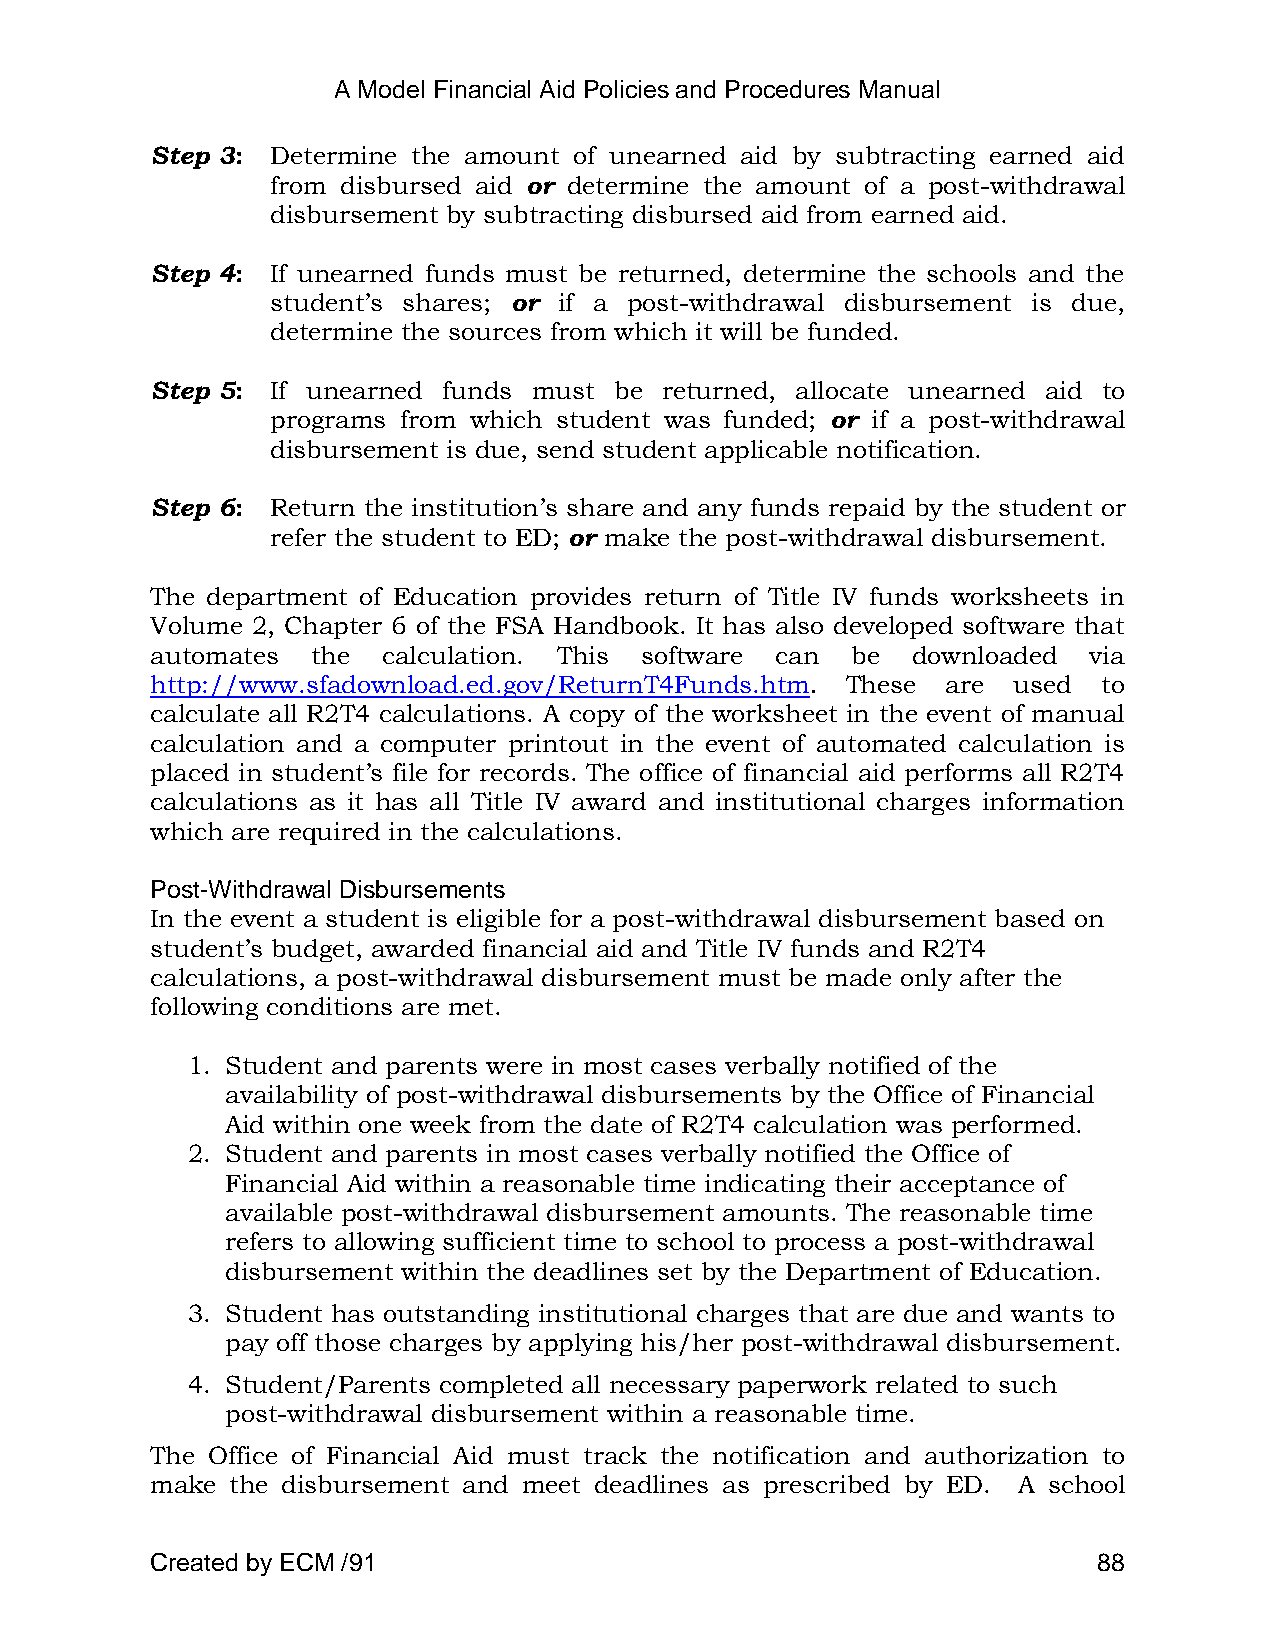
A Model Financial Aid Policies and Procedures Manual
 Step 3: Determine the amount of unearned aid by subtracting earned aid
 from disbursed aid or determine the amount of a post-withdrawal
 disbursement by subtracting disbursed aid from earned aid.
 Step 4: If unearned funds must be returned, determine the schools and the
 student‘s shares; or if a post-withdrawal disbursement is due,
 determine the sources from which it will be funded.
 Step 5: If unearned funds must be returned, allocate unearned aid to
 programs from which student was funded; or if a post-withdrawal
 disbursement is due, send student applicable notification.
 Step 6: Return the institution‘s share and any funds repaid by the student or
 refer the student to ED; or make the post-withdrawal disbursement.
 The department of Education provides return of Title IV funds worksheets in
 Volume 2, Chapter 6 of the FSA Handbook. It has also developed software that
 automates  the calculation. This software can be  downloaded  via
 http://www.sfadownload.ed.gov/ReturnT4Funds.htm. These are used to
 calculate all R2T4 calculations. A copy of the worksheet in the event of manual
 calculation and a computer printout in the event of automated calculation is
 placed in student‘s file for records. The office of financial aid performs all R2T4
 calculations as it has all Title IV award and institutional charges information
 which are required in the calculations.
 Post-Withdrawal Disbursements
 In the event a student is eligible for a post-withdrawal disbursement based on
 student‘s budget, awarded financial aid and Title IV funds and R2T4
 calculations, a post-withdrawal disbursement must be made only after the
 following conditions are met.
 1. Student and parents were in most cases verbally notified of the
 availability of post-withdrawal disbursements by the Office of Financial
 Aid within one week from the date of R2T4 calculation was performed.
 2. Student and parents in most cases verbally notified the Office of
 Financial Aid within a reasonable time indicating their acceptance of
 available post-withdrawal disbursement amounts. The reasonable time
 refers to allowing sufficient time to school to process a post-withdrawal
 disbursement within the deadlines set by the Department of Education.
 3. Student has outstanding institutional charges that are due and wants to
 pay off those charges by applying his/her post-withdrawal disbursement.
 4. Student/Parents completed all necessary paperwork related to such
 post-withdrawal disbursement within a reasonable time.
 The Office of Financial Aid must track the notification and authorization to
 make the disbursement and meet deadlines as prescribed by ED. A school
 Created by ECM /91                                             88